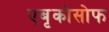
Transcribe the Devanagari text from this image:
एबृकोसोफ